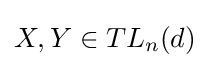
X,Y\in TL_{n}(d)